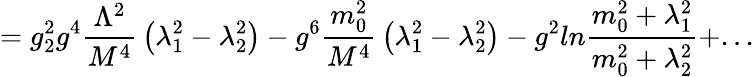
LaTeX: =g_{2}^{2}g^{4}{\frac{\Lambda^{2}}{M^{4}}}\left(\lambda_{1}^{2}-\lambda_{2}^{2}\right)-g^{6}{\frac{m_{0}^{2}}{M^{4}}}\left(\lambda_{1}^{2}-\lambda_{2}^{2}\right)-g^{2}ln{\frac{m_{0}^{2}+\lambda_{1}^{2}}{m_{0}^{2}+\lambda_{2}^{2}}}+...